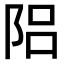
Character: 𨹬